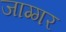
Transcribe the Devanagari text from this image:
जाग्गर